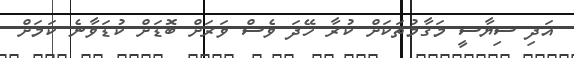
އަދި ސިޔާސީ މަގާމުތަކަށް ކުރާ ހޭދަ ވެސް ވަރަށް ބޮޑަށް ކުޑަވާނެ ކަމަށް